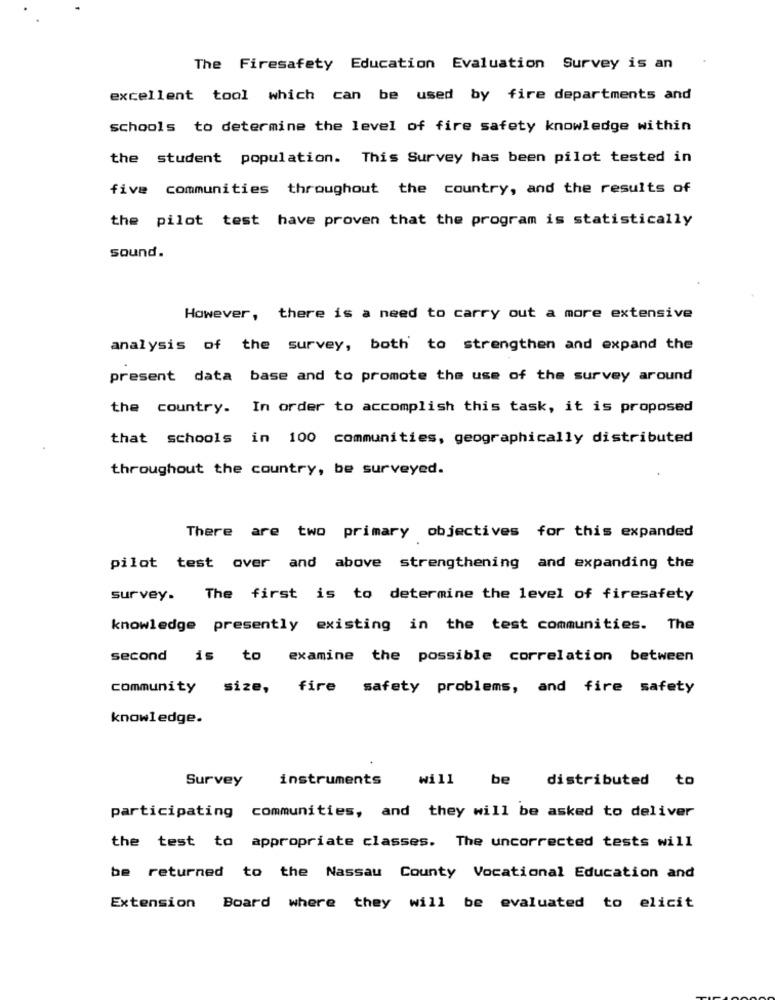
The Firesafety Education Evaluation Survey is an
excellent tool which can be used by fire departments and
schools to determine the level of fire safety knowledge within
the student population. This Survey has been pilot tested in
five communities throughout the country, and the results of
the pilot test have proven that the program is statistically
sound.
However, there is a need to carry out a more extensive
analysis of the survey, both to strengthen and expand the
present data base and to promote the use of the survey around
the country. In order to accomplish this task, it is proposed
that schools in 100 communities, geographically distributed
throughout the country, be surveyed.
There are two primary objectives for this expanded
pilot test over and above strengthening and expanding the
survey. The first is to determine the level of firesafety
knowledge presently existing in the test communities. The
second is to examine the possible correlation between
community
size,
fire safety problems, and fire safety
knowledge.
Survey
instruments
will
be
distributed to
participating communities, and they will be asked to deliver
the test to appropriate classes. The uncorrected tests will
be returned to the Nassau County Vocational Education and
Extension Board where they will be evaluated to elicit